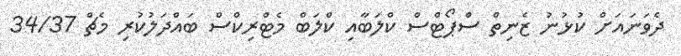
ދެވަނައަށް ކުޅުނު ޒެނިތް ސްޕޯޓްސް ކްލަބާއި ކްލަބް މެޓްރިކްސް ބައްދަލުކުރި މެޗް 34/37